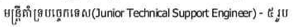
មន្រ្តីគាំទ្របច្ចេកទេស(Junior Technical Support Engineer) - ៥ រូប